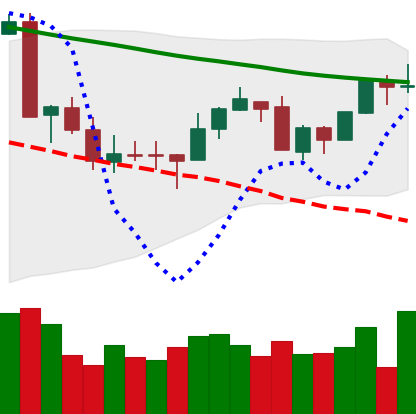
Ticker: XMR-USD
Chart end date: 2018-09-23
Forward return: -4.442%
Label: down_3_5